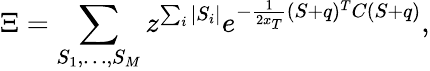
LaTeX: \Xi=\sum_{S_{1},\dots,S_{M}}z^{\sum_{i}|S_{i}|}e^{-\frac{1}{2x_{T}}(S+q)^{T}C(S+q)},